Report of an investigation into the causes of malaria in Bombay and the measures necessary for its control
Disease focus: Malaria
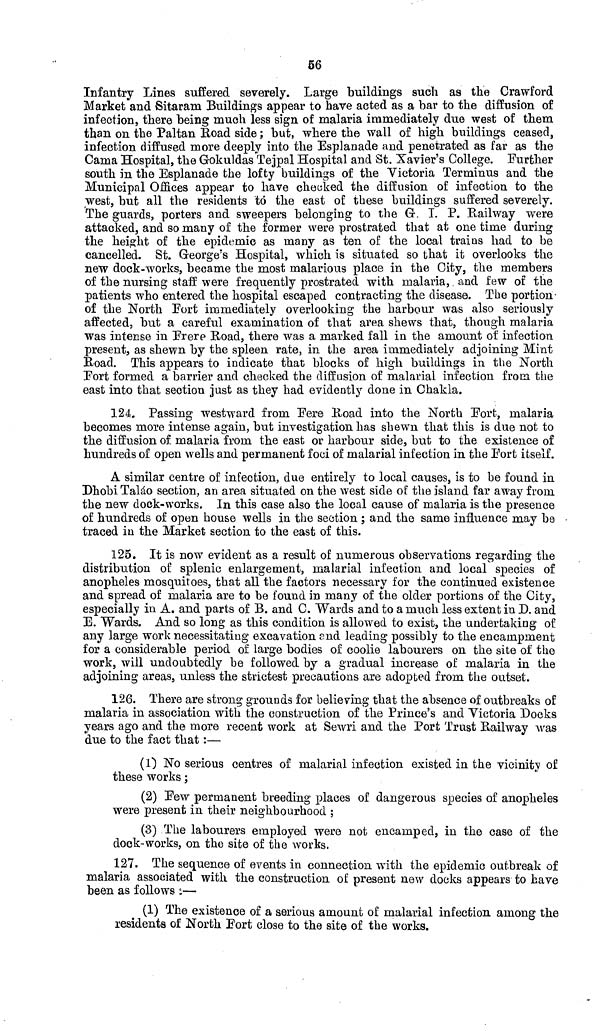
56
Infantry Lines suffered severely. Large buildings such as the Crawford
Market and Sitaram Buildings appear to have acted as a bar to the diffusion of
infection, there being much less sign of malaria immediately due west of them
than on the Paitan Road side ; but, where the wall of high buildings ceased,
infection diffused more deeply into the Esplanade and penetrated as far as the
Cama Hospital, the Gokuldas Tejpal Hospital and St. Xavier's College. Further
south in the Esplanade the lofty buildings of the Victoria Terminus and the
Municipal Offices appear to have checked the diffusion of infection to the
west, but all the residents to the east of these buildings suffered severely.
The guards, porters and sweepers belonging to the G. I. P. Railway were
attacked, and so many of the former were prostrated that at one time during
the height of the epidemic as many as ten of the local trains had to be
cancelled. St. George's Hospital, which is situated so that it overlooks the
new dock-works, became the most malarious place in the City, the members
of the nursing staff were frequently prostrated with malaria, and few of the
patients who entered the hospital escaped contracting the disease. The portion-
of the North Port immediately overlooking the harbour was also seriously
affected, but a careful examination of that area shews that, though malaria
was intense in Frere Road, there was a marked fall in the amount of infection
present, as shewn by the spleen rate, in the area immediately adjoining Mint
Road. This appears to indicate that blocks of high buildings in the North
Fort formed a barrier and checked the diffusion of malarial infection from the
east into that section just as they had evidently done in Chakla.
124. Passing westward from Fere Road into the North Fort, malaria
becomes more intense again, but investigation has shewn that this is due not to
the diffusion of malaria from the east or harbour side, but to the existence of
hundreds of open wells and permanent foci of malarial infection in the Fort itself.
A similar centre of infection, due entirely to local causes, is to be found in
Dhobi Taláo section, an area situated on the west side of the island far away from
the new dock-works. In this case also the local cause of malaria is the presence
of hundreds of open house wells in the section ; and the same influence may be
traced in the Market section to the east of this.
125. It is now evident as a result of numerous observations regarding the
distribution of splenic enlargement, malarial infection and local species of
anopheles mosquitoes, that all the factors necessary for the continued existence
and spread of malaria are to be found in many of the older portions of the City,
especially in A. and parts of B. and C. Wards and to a much less extent in D. and
E. Wards. And so long as this condition is allowed to exist, the undertaking of
any large work necessitating excavation end leading possibly to the encampment
for a considerable period of large bodies of coolie labourers on the site of the
work, will undoubtedly be followed by a gradual increase of malaria in the
adjoining areas, unless the strictest precautions are adopted from the outset.
126. There are strong grounds for believing that the absence of outbreaks of
malaria in association with the construction of the Prince's and Victoria Docks
years ago and the more recent work at Sewri and the Port Trust Railway was
due to the fact that :—
(1) No serious centres of malarial infection existed in the vicinity of
these works ;
(2) Few permanent breeding places of dangerous species of anopheles
were present in their neighbourhood ;
(3) The labourers employed were not encamped, in the case of the
dock-works, on the site of the works.
127. The sequence of events in connection with the epidemic outbreak of
malaria associated with the construction of present new docks appears to have
been as follows :—
(1) The existence of a serious amount of malarial infection among the
residents of North Fort close to the site of the works.